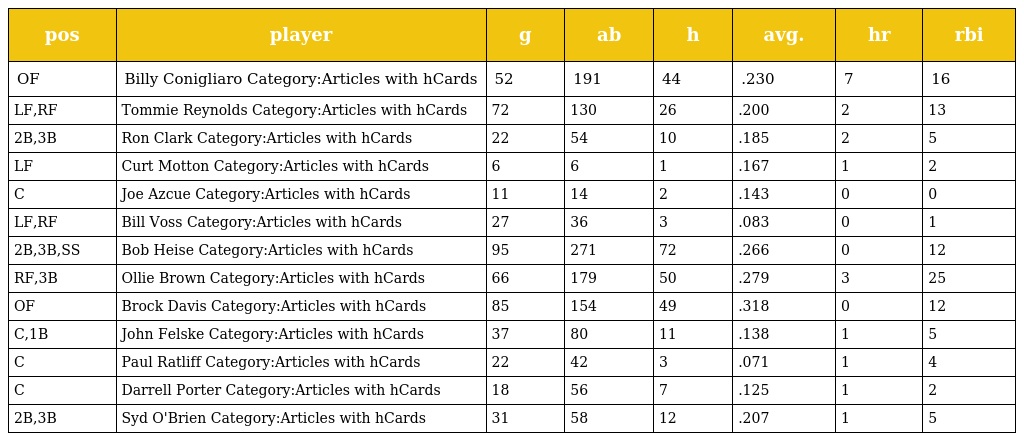
| pos | player | g | ab | h | avg. | hr | rbi |
 | --- | --- | --- | --- | --- | --- | --- | --- |
 | OF | Billy Conigliaro Category:Articles with hCards | 52 | 191 | 44 | .230 | 7 | 16 |
 | LF,RF | Tommie Reynolds Category:Articles with hCards | 72 | 130 | 26 | .200 | 2 | 13 |
 | 2B,3B | Ron Clark Category:Articles with hCards | 22 | 54 | 10 | .185 | 2 | 5 |
 | LF | Curt Motton Category:Articles with hCards | 6 | 6 | 1 | .167 | 1 | 2 |
 | C | Joe Azcue Category:Articles with hCards | 11 | 14 | 2 | .143 | 0 | 0 |
 | LF,RF | Bill Voss Category:Articles with hCards | 27 | 36 | 3 | .083 | 0 | 1 |
 | 2B,3B,SS | Bob Heise Category:Articles with hCards | 95 | 271 | 72 | .266 | 0 | 12 |
 | RF,3B | Ollie Brown Category:Articles with hCards | 66 | 179 | 50 | .279 | 3 | 25 |
 | OF | Brock Davis Category:Articles with hCards | 85 | 154 | 49 | .318 | 0 | 12 |
 | C,1B | John Felske Category:Articles with hCards | 37 | 80 | 11 | .138 | 1 | 5 |
 | C | Paul Ratliff Category:Articles with hCards | 22 | 42 | 3 | .071 | 1 | 4 |
 | C | Darrell Porter Category:Articles with hCards | 18 | 56 | 7 | .125 | 1 | 2 |
 | 2B,3B | Syd O'Brien Category:Articles with hCards | 31 | 58 | 12 | .207 | 1 | 5 |